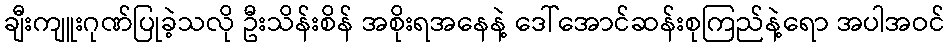
ချီးကျူးဂုဏ်ပြုခဲ့သလို ဦးသိန်းစိန် အစိုးရအနေနဲ့ ဒေါ်အောင်ဆန်းစုကြည်နဲ့ရော အပါအဝင်